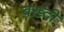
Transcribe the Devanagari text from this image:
बख़्दी